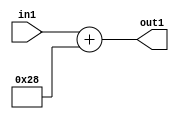
`timescale 1ps / 1ps
/*****************************************************************************
    Verilog RTL Description
    
    
    Created by: Stratus DpOpt 2019.1.01 
*******************************************************************************/

module DC_Filter_Add_12U_154_4 (
	in1,
	out1
	); /* architecture "behavioural" */ 
input [11:0] in1;
output [11:0] out1;
wire [11:0] asc001;

assign asc001 = 
	+(in1)
	+(12'B000000101000);

assign out1 = asc001;
endmodule

/* CADENCE  urnwQwA= : u9/ySgnWtBlWxVPRXgAZ4Og= ** DO NOT EDIT THIS LINE ******/